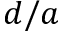
d / a